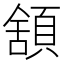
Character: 𩓱